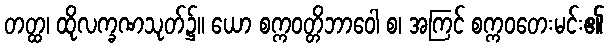
တတ္ထ၊ ထိုလက္ခဏသုတ်၌။ ယော စက္ကဝတ္တိဘာဝေါ စ၊ အကြင် စက္ကဝတေးမင်း၏